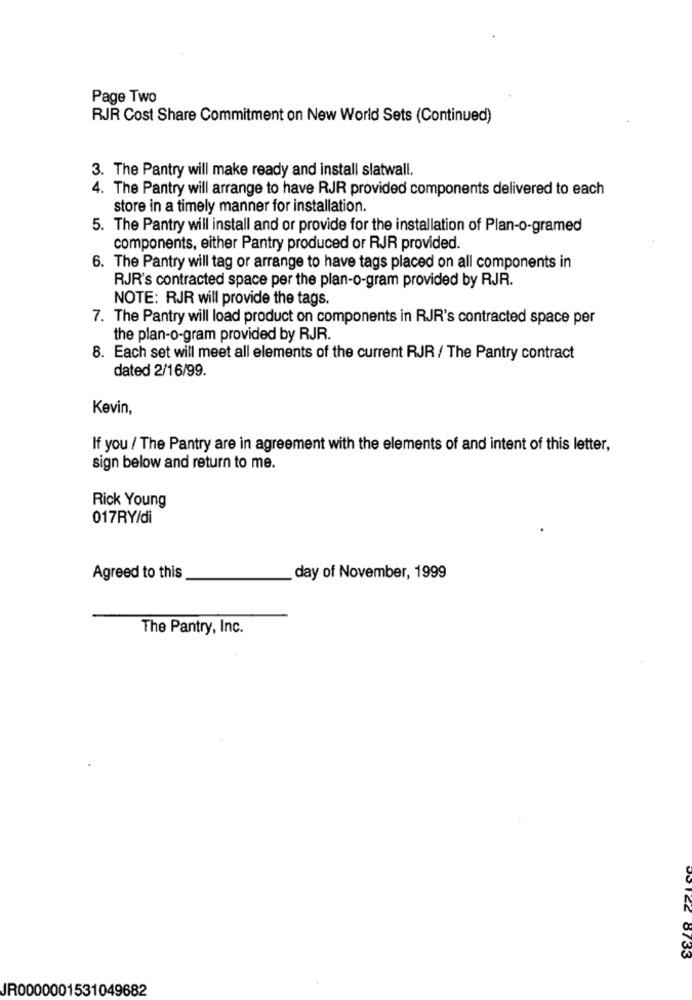
Page Two
RJR Cost Share Commitment on New World Sets (Continued)
3. The Pantry will make ready and install slatwall.
4. The Pantry will arrange to have RJR provided components delivered to each
store in a timely manner for installation.
5. The Pantry will install and or provide for the installation of Plan-o-gramed
components, either Pantry produced or RJR provided.
6. The Pantry will tag or arrange to have tags placed on all components in
RJR's contracted space per the plan-o-gram provided by RJR.
NOTE: RJR will provide the tags.
7. The Pantry will load product on components in RJR's contracted space per
the plan-o-gram provided by RJR.
8. Each set will meet all elements of the current RJR / The Pantry contract
dated 2/16/99.
Kevin,
If you / The Pantry are in agreement with the elements of and intent of this letter,
sign below and return to me.
Rick Young
017RY/di
Agreed to this
day of November, 1999
The Pantry, Inc.
8733
JR0000001531049682